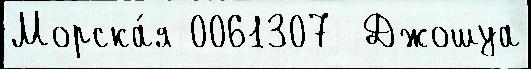
Морска́я 0061307  Джошуа